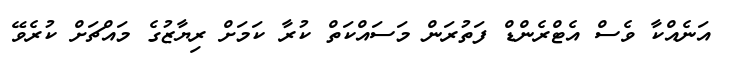
އަނެއްކާ ވެސް އެޓްރެންޑް ފަތުރަން މަސައްކަތް ކުރާ ކަމަށް ރިޔާޒުގެ މައްޗަށް ކުރެވޭ